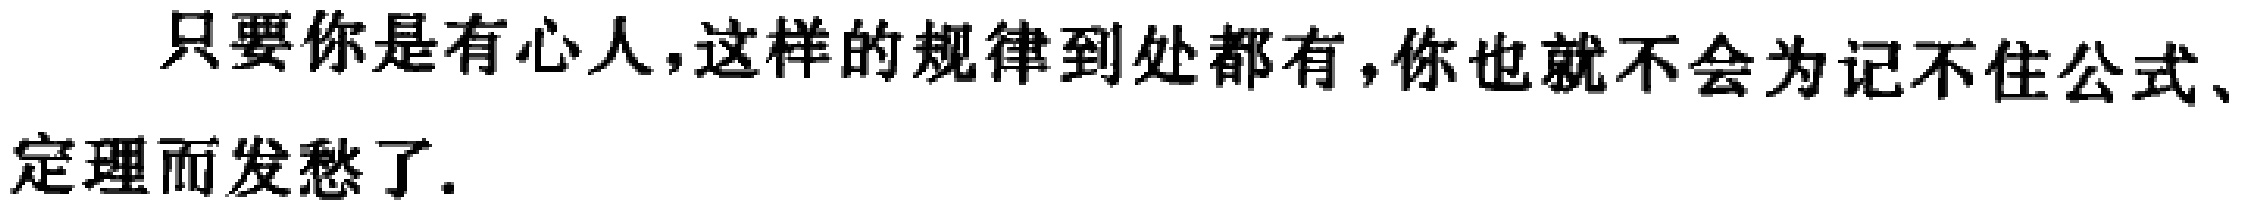
只要你是有心人,这样的规律到处都有,你也就不会为记不住公式、定理而发愁了.